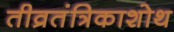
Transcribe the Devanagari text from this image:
तीव्रतंत्रिकाशोथ